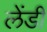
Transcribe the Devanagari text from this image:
लेंडीं